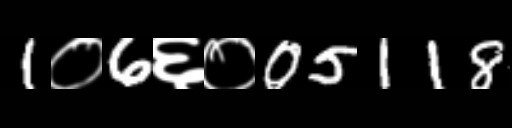
Text: 1०6६०05118